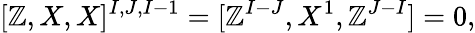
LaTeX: [\mathbb{Z},X,X]^{I,J,I-1}=[\mathbb{Z}^{I-J},X^{1},\mathbb{Z}^{J-I}]=0,